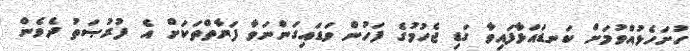
ހުށަހެޅުއްވުމަށް ކަނޑައަޅާފައިވާ ގަޑި ޖެހުމުގެ ފަހުން ވަޑައިގަންނަވާ ފަރާތްތަކަށް އެ ފުރުޞަތު ދެވެން